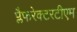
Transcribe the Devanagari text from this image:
प्लैफरेक्टरटीएम